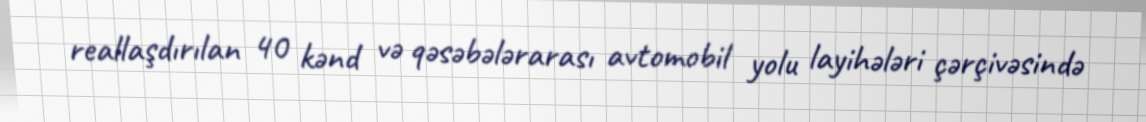
reallaşdırılan 40 kənd və qəsəbələrarası avtomobil yolu layihələri çərçivəsində